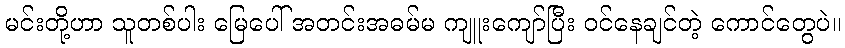
မင်းတို့ဟာ သူတစ်ပါး မြေပေါ် အတင်းအဓမ်မ ကျူးကျော်ပြီး ဝင်နေချင်တဲ့ ကောင်တွေပဲ။